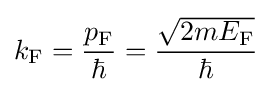
k_{\rm {F}}={\frac {p_{\rm {F}}}{\hbar }}={\frac {\sqrt {2mE_{\rm {F}}}}{\hbar }}